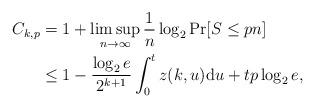
LaTeX: \begin{align*}C_{k,p} &= 1+\limsup_{n\to\infty}\frac{1}{n}\log_2 \Pr[S\leq pn]\\&\leq 1-\frac{\log_2 e}{2^{k+1}}\int_0^t{z(k,u)}\mathrm{d}u +tp\log_2 e,\end{align*}